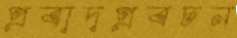
প্রবাদপ্রবচন